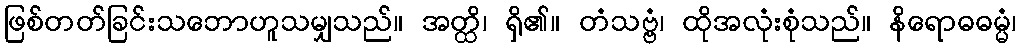
ဖြစ်တတ်ခြင်းသဘောဟူသမျှသည်။ အတ္ထိ၊ ရှိ၏။ တံသဗ္ဗံ၊ ထိုအလုံးစုံသည်။ နိရောဓဓမ္မံ၊